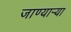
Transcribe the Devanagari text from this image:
जाण्यार्‍या